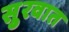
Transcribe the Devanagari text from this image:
सुुरवात